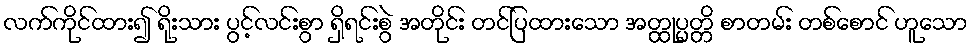
လက်ကိုင်ထား၍ ရိုးသား ပွင့်လင်းစွာ ရှိရင်းစွဲ အတိုင်း တင်ပြထားသော အတ္ထုပ္ပတ္တိ စာတမ်း တစ်စောင် ဟူသော